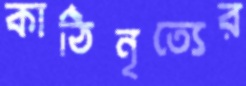
কাঠিনৃত্যের